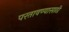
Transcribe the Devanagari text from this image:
परतावण्यासाठी